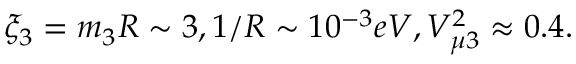
\xi _ { 3 } = m _ { 3 } R \sim 3 , 1 / R \sim 1 0 ^ { - 3 } e V , V _ { \mu 3 } ^ { 2 } \approx 0 . 4 .